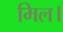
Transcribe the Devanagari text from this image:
मिल।